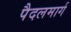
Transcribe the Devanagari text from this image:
पैदलमार्ग